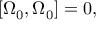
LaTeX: \left[ \Omega _ { 0 } , \Omega _ { 0 } \right] = 0 ,